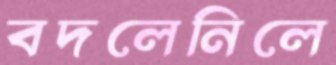
বদলেনিলে